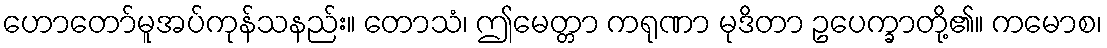
ဟောတော်မူအပ်ကုန်သနည်း။ တောသံ၊ ဤမေတ္တာ ကရုဏာ မုဒိတာ ဥပေက္ခာတို့၏။ ကမောစ၊